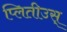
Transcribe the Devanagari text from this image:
प्लितीउस्